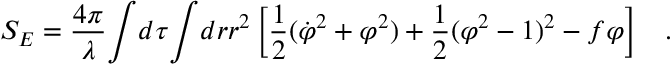
S _ { E } = \frac { 4 \pi } { \lambda } { \int } d \tau { \int } d r r ^ { 2 } \left[ \frac { 1 } { 2 } ( \dot { \varphi } ^ { 2 } + { \varphi } ^ { 2 } ) + \frac { 1 } { 2 } ( { \varphi } ^ { 2 } - 1 ) ^ { 2 } - f { \varphi } \right] \; \; \; .